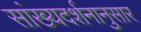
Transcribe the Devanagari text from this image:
सांख्यदर्शनानुसार